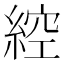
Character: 𦁈